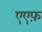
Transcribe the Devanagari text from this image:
एएफ़